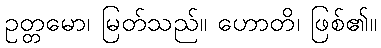
ဥတ္တမော၊ မြတ်သည်။ ဟောတိ၊ ဖြစ်၏။